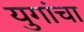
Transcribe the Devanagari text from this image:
युगांचा